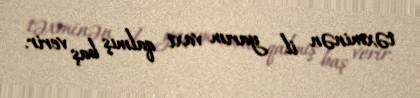
təxminən il yarım vaxt qalmış baş verir.